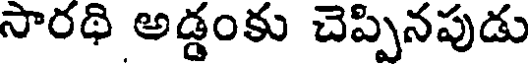
సారథి అడ్డంకు చెప్పినపుడు